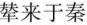
辇来于秦